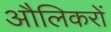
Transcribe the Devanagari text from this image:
औलिकरों